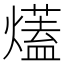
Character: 𤐩